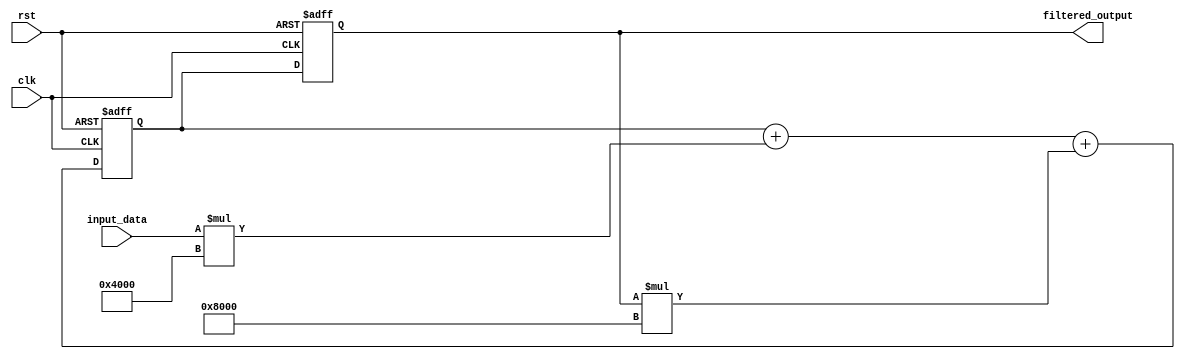
module iir_filter_accumulator(
    input wire clk,
    input wire rst,
    input wire signed [15:0] input_data,
    output reg signed [15:0] filtered_output
);

reg signed [15:0] accumulator;

// Filter coefficients
parameter signed [15:0] coeff_a = 16'd16384; // Coefficient value for multiplication
parameter signed [15:0] coeff_b = 16'd32768; // Coefficient value for multiplication

// Multiply input data with coefficients
reg signed [31:0] mul_result_a;
reg signed [31:0] mul_result_b;

always @(*) begin
    mul_result_a = input_data * coeff_a;
    mul_result_b = filtered_output * coeff_b;
end

// Add the multiplication results to the accumulator
always @(posedge clk or posedge rst) begin
    if (rst) begin
        accumulator <= 16'b0;
        filtered_output <= 16'b0;
    end else begin
        accumulator <= accumulator + mul_result_a + mul_result_b;
        filtered_output <= accumulator;
    end
end

endmodule